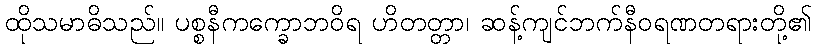
ထိုသမာဓိသည်။ ပစ္စနီကက္ခောဘဝိရ ဟိတတ္တာ၊ ဆန့်ကျင်ဘက်နီဝရဏတရားတို့၏